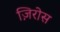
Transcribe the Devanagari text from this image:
ज़िरोस